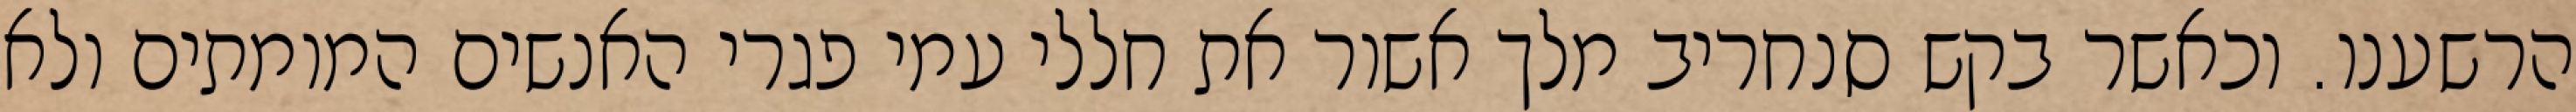
הרשענו. וכאשר בקש סנחריב מלך אשור את חללי עמי פגרי האנשים המומתים ולא